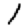
Digit: 1